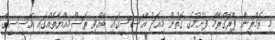
މި ތަމްރީން ޕްރޮގްރާމް ފެށުމުގެ ގޮތުން މިއަދު އޭސީސީގައި ބޭއްވި ރަސްމިއްޔާތެއްގައި އޭސީސީގެ